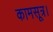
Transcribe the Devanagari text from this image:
कामसूत्र।